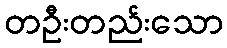
တဦးတည်းသော